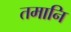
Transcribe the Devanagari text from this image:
तमानि